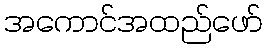
အကောင်အထည်ဖော်